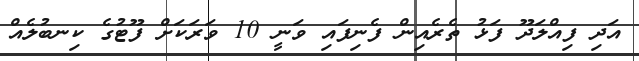
އަދި ފިއްލަދޫ ފަޅު ތެރެއިން ފެނިފައި ވަނީ 10 ވަރަކަށް ފޫޓުގެ ކިނބުލެއް